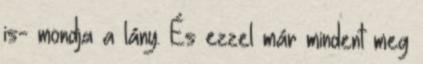
is- mondja a lány. És ezzel már mindent meg